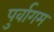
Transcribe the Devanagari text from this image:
पुर्वागम